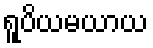
ရူပိယမယာယ